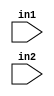
module lut_input (in1, in2);
  input in1;
  input in2;
endmodule